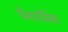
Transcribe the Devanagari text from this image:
पैनारोमिक